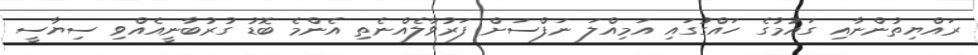
ރައްޔިތުންނާއި ގައުމުގެ ހައްގުގައި އަމިއްލަ ނަފްސަށް ފަރުވާލެއްނެތި އެންމެ ބޮޑު ގުރުބާނީއެއްވި ސިޔާސީ